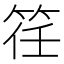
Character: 䇮